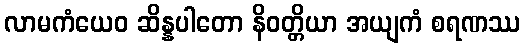
လာမကံယေဝ ဆိန္နပါတော နိဝတ္တိယာ အယျကံ စရဏဿ